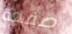
صفعة